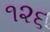
૧૨૬